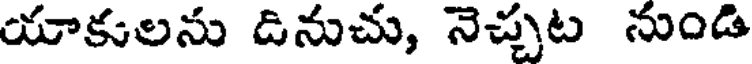
యాకులను డినుచు, నెచ్చట నుండి